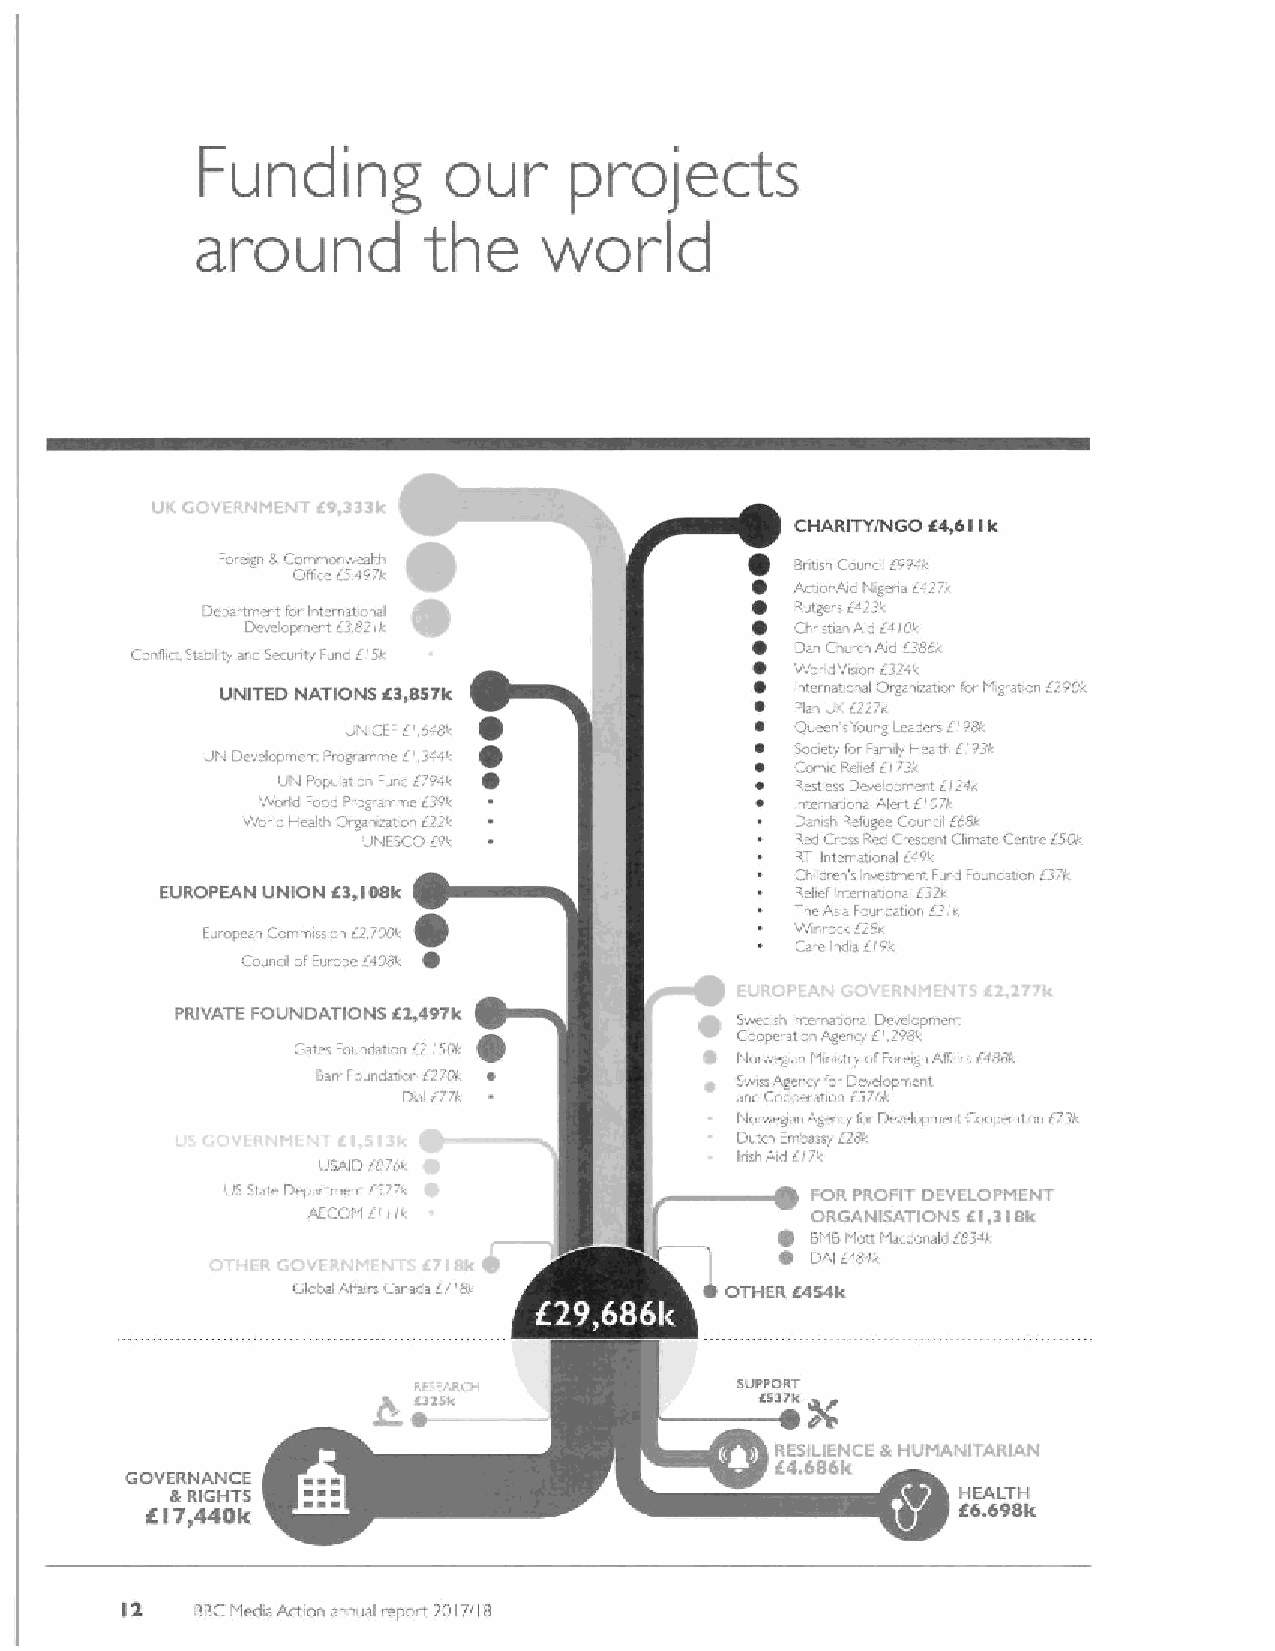
our             ects
 Funding                  pro
 around         the     wor
 st
 CHARITY/NGO «4&eIIR
 Fo egn tt C Qom ffcm e i ' 4e 9al '7tl /t . Binish Cou el 69o'I
 Aoi nAid, s.gen t.i27V
 Department toi lnlcrnat cn I            Rutgers Ea/3k
 Deva! pmnnt /382 k                   Chnstia A .Ea/Cil
 C. 4ict Stablily ar6Secunty Func t. \I      Dan Cl rch Aid 6386/
 Worlteson /32«
 UNITED NATIONS «3&RSIR                Internal r, al Drganoaton /cr I .gra'.on E/90k
 ~                    f'Ian Ul' /227'
 I.n. ICEI i' 648v
 ~
 CJure svoung Leaders i98/
 UP Drwciopt nt Ping amma 6' ./44/      Sooety for Family Healtl 6 odl
 LSIR9 la,ir Fund 7794' I~          C Ro esm tlec 'sP, Del met elopm/3 e/. -r. t'24k
 Wo ld Fo 6oiogramme /39k            Inte ati nalAleiiilP/h
 World He. I'I..Organ taao E/2r       l/4'sl lsefugea Coun il iogk
 UNESCO Eok                   Rrd C'ooked Crcsce tClmatc (:cntrc/5/Ik
 RTI Internatmnel t49k
 Cvild en's vestment sued Foundaton 63 k.
 I
 EUROPEAN UNION i«3,IOSI& ~                TR he eke Afl s- iatc Fon ua rtio d- aa til uri6 i2 'i/ n
 Eu." psan Commission /2 tgi"k           Wn"ock Eigk
 ' ounol orEurop- i ldau. ~           Care inde 6/9k
 PRIVATE FOUNDATIONS «3,497Ic ~       S Cw oe od pis o'n atiIonte Ageat n ca yl ED l,'v 9* 8l ko m
 Cat sFounrlaton /3 ISOI
 Norwe&a Mn dr/ o orei r AiTarsEdogi
 Sari Foundatcn 62/P/ ~      Swns agericy for Dev loprncnt
 Dal ti7               and C opei tor. 63/6k
 Nonvegan Ag cyfo Develnpme tCo aration 673k
 Dute/i fm It 'kt&ay E/gk
 US/ lft /et o               I isl Aid 7/
 'JS St t D p rtmentES2                 FOR PROFIT DEVELOPMENT
 AECOM I' II"
 ~
 QRGA cN ..ISATIONS «I,3IISIE
 B IBI Macdc aloi834/
 ~
 DAI r/8/k
 Gl tat Age rat anada E/ldv   OTHER «434I&
 ~  ~
 ~ ~ ~
 . L.nvc              SUP &PO SaR yT
 k ~~
 RESILIENCE & HUMANITARIAN
 «4.eaeR
 GOVERNANCE
 &RIGHTS                                              HEALTH
 IKI7&440I«
 «6.698I&
 I?
 BBCMedia Action a nual report 2/317/ 8
 I